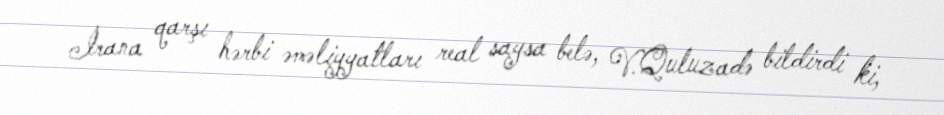
İrana qarşı hərbi əməliyyatları real saysa belə, V.Quluzadə bildirdi ki,